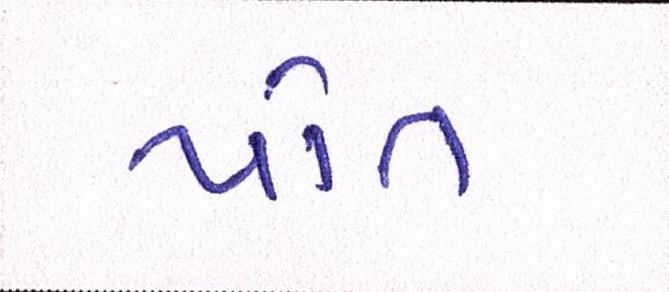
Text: પોત